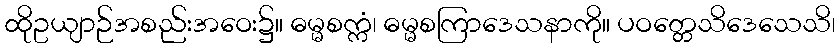
ထိုဥယျာဉ်အစည်းအဝေး၌။ ဓမ္မစက္ကံ၊ ဓမ္မစကြာဒေသနာကို။ ပဝတ္တေသိဒေသေသိ၊